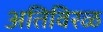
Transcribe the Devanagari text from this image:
अतिविरळ